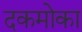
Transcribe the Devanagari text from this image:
दकमोका